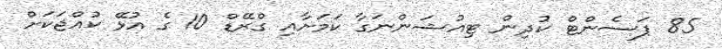
85 ޕަސެންޓް ކުދިން ޓިއުޝަންނަގާ ކަމަށާއި ގްރޭޑް 10 ގެ އުޅޭ ކުއްޖަކަށް